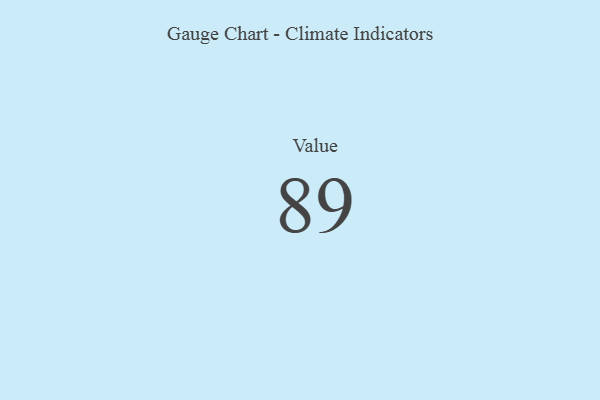
{"axis": {"x": "Metric", "y": "Value"}, "legend": [""], "data": [{"x": "Value", "y": 89, "type": ""}]}